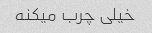
خیلی چرب میکنه